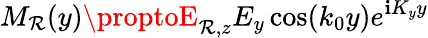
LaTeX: M_{\mathcal{R}}(y)\proptoE_{\mathcal{R},z}E_{y}\cos(k_{0}y)e^{\mathbf{i}K_{y}y}